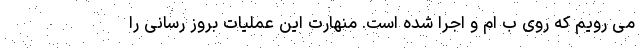
می رویم که روی ب ام و اجرا شده است. منهارت این عملیات بروز رسانی را